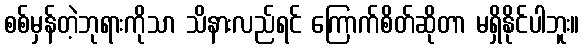
စစ်မှန်တဲ့ဘုရားကိုသာ သိနားလည်ရင် ကြောက်စိတ်ဆိုတာ မရှိနိုင်ပါဘူး။